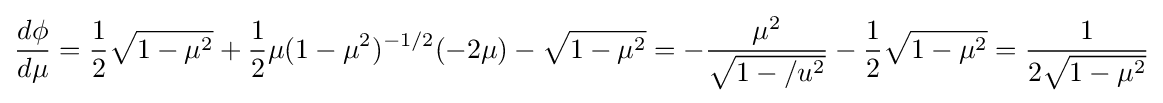
{\frac {d\phi }{d\mu }}={\frac {1}{2}}{\sqrt {1-\mu ^{2}}}+{\frac {1}{2}}\mu (1-\mu ^{2})^{-1/2}(-2\mu )-{\sqrt {1-\mu ^{2}}}=-{\frac {\mu ^{2}}{\sqrt {1-/u^{2}}}}-{\frac {1}{2}}{\sqrt {1-\mu ^{2}}}={\frac {1}{2{\sqrt {1-\mu ^{2}}}}}